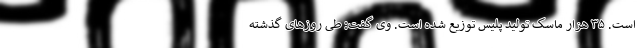
است. ۳۵ هزار ماسک تولید پلیس توزیع شده است. وی گفت: طی روزهای گذشته